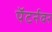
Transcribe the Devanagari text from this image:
पॅटर्नवर